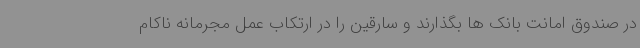
در صندوق امانت بانک ها بگذارند و سارقین را در ارتکاب عمل مجرمانه ناکام